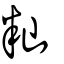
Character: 籼